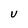
Character: U